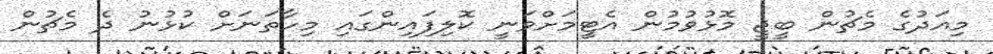
މިއަދުގެ މެޗުން ބީޖީ މޮޅުވުމުން އެޓީމަށްވަނީ ކޮލިފައިންގައި މިހާތަނަށް ކުޅުނު ދެ މެޗުން